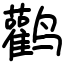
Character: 鹳